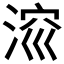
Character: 𣷁